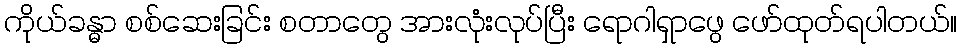
ကိုယ်ခန္ဓာ စစ်ဆေးခြင်း စတာတွေ အားလုံးလုပ်ပြီး ရောဂါရှာဖွေ ဖော်ထုတ်ရပါတယ်။